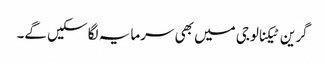
گرین ٹیکنالوجی میں بھی سرمایہ لگا سکیں گے۔